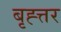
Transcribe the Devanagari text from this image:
बृह्त्तर